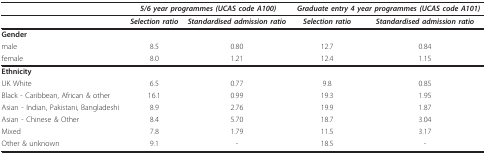
<table><thead><tr><td></td><td colspan="2"><b><i>5/6 year programmes (UCAS code A100)</i></b></td><td colspan="2"><b><i>Graduate entry 4 year programmes (UCAS code A101)</i></b></td></tr></thead><tbody><tr><td></td><td><b><i>Selection ratio</i></b></td><td><b><i>Standardised admission ratio</i></b></td><td><b><i>Selection ratio</i></b></td><td><b><i>Standardised admission ratio</i></b></td></tr><tr><td><b>Gender</b></td><td></td><td></td><td></td><td></td></tr><tr><td>male</td><td>8.5</td><td>0.80</td><td>12.7</td><td>0.84</td></tr><tr><td>female</td><td>8.0</td><td>1.21</td><td>12.4</td><td>1.15</td></tr><tr><td><b>Ethnicity</b></td><td></td><td></td><td></td><td></td></tr><tr><td>UK White</td><td>6.5</td><td>0.77</td><td>9.8</td><td>0.85</td></tr><tr><td>Black - Caribbean, African &amp; other</td><td>16.1</td><td>0.99</td><td>19.3</td><td>1.95</td></tr><tr><td>Asian - Indian, Pakistani, Bangladeshi</td><td>8.9</td><td>2.76</td><td>19.9</td><td>1.87</td></tr><tr><td>Asian - Chinese &amp; Other</td><td>8.4</td><td>5.70</td><td>18.7</td><td>3.04</td></tr><tr><td>Mixed</td><td>7.8</td><td>1.79</td><td>11.5</td><td>3.17</td></tr><tr><td>Other &amp; unknown</td><td>9.1</td><td>-</td><td>18.5</td><td>-</td></tr></tbody></table>